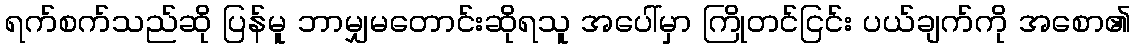
ရက်စက်သည်ဆို ပြန်မူ ဘာမျှမတောင်းဆိုရသူ အပေါ်မှာ ကြိုတင်ငြင်း ပယ်ချက်ကို အစော၏